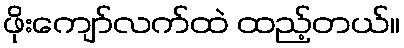
ဖိုးကျော်လက်ထဲ ထည့်တယ်။